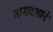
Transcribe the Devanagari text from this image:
नागदंशाने